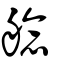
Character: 艌